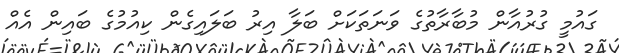
ގައުމީ ގުރުއާން މުބާރާތުގެ ވަނަތަކަށް ބަލާ އިރު ބަލައިގެން ކިއުމުގެ ބައިން އެއް